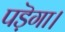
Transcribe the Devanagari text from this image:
पड़ॆगा।